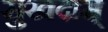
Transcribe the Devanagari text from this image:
सुखदाम्